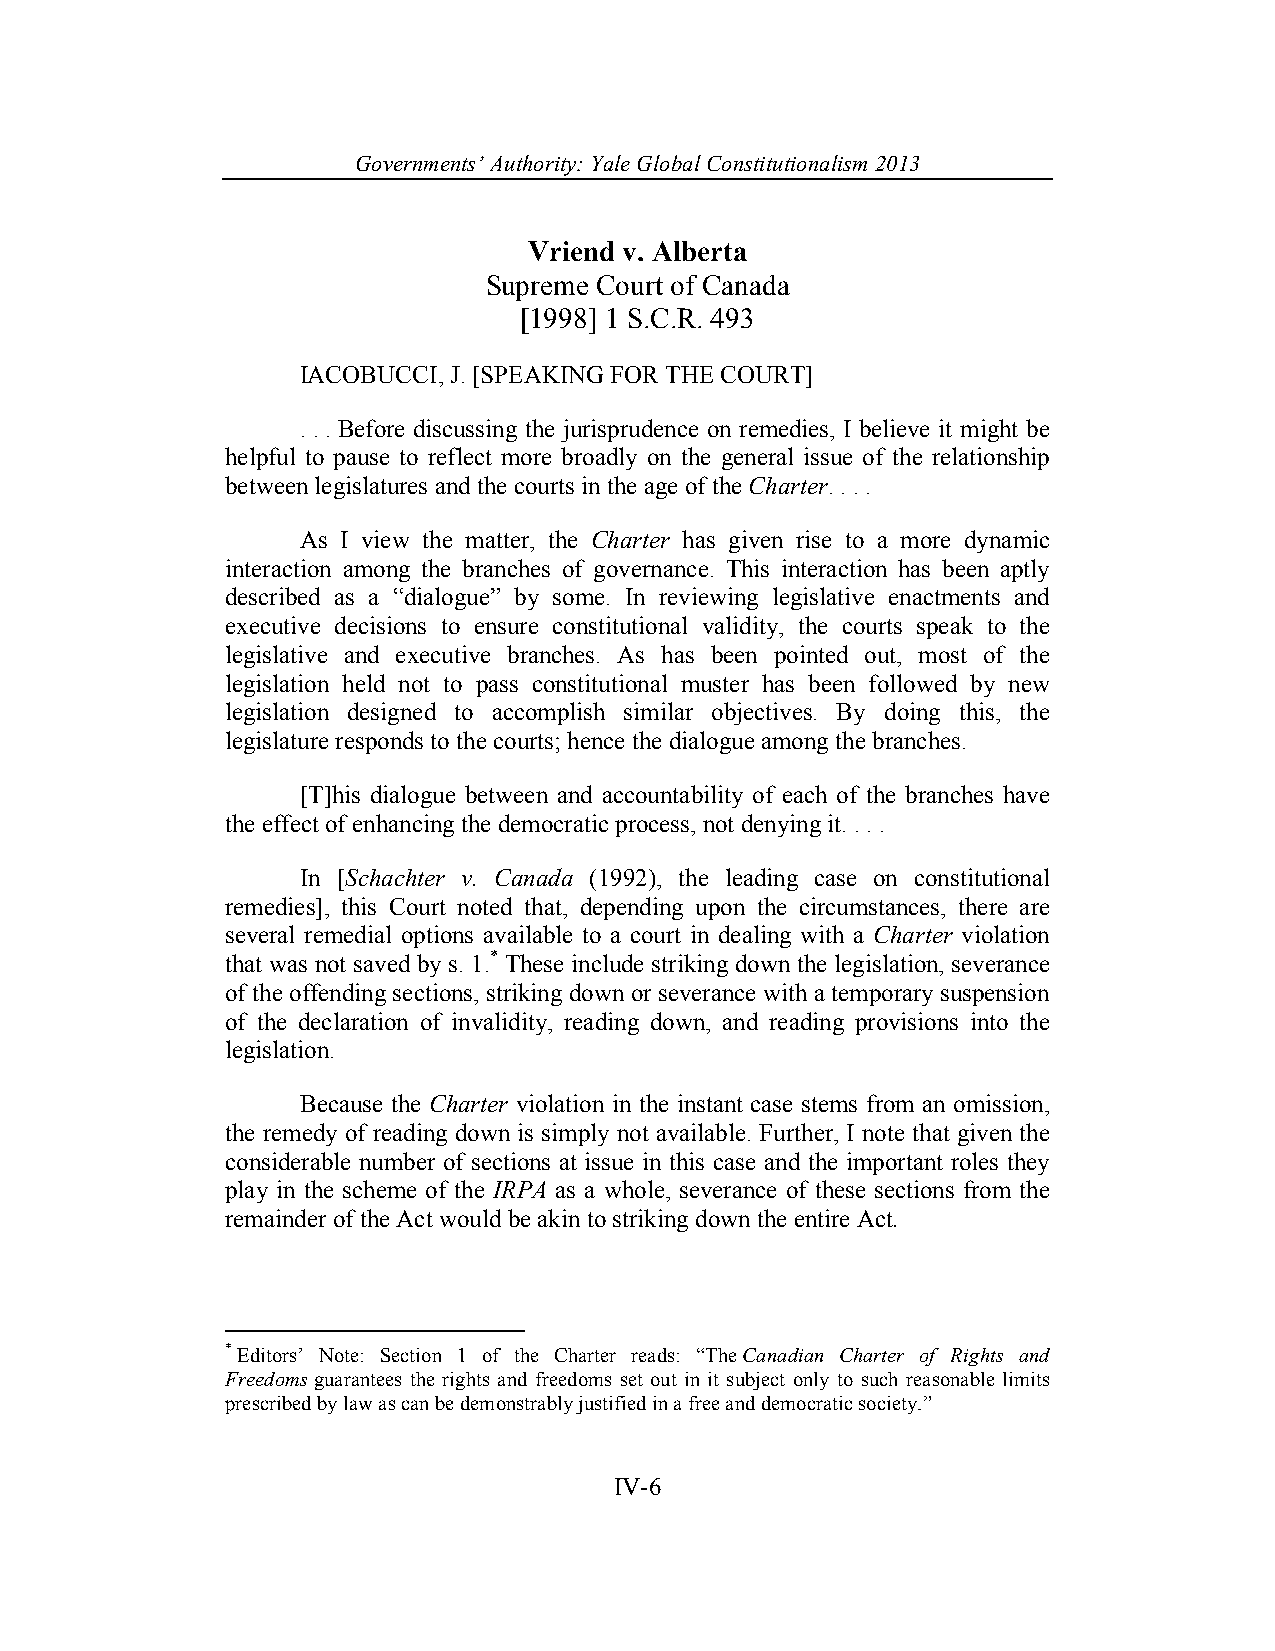
Governments’ Authority: Yale Global Constitutionalism 2013
 Vriend v. Alberta
 Supreme Court of Canada
 [1998] 1 S.C.R. 493
 IACOBUCCI, J. [SPEAKING FOR THE COURT]
 . . . Before discussing the jurisprudence on remedies, I believe it might be
 helpful to pause to reflect more broadly on the general issue of the relationship
 between legislatures and the courts in the age of the Charter. . . .
 As I view the matter, the Charter has given rise to a more dynamic
 interaction among the branches of governance. This interaction has been aptly
 described as a “dialogue” by some. In reviewing legislative enactments and
 executive decisions to ensure constitutional validity, the courts speak to the
 legislative and executive branches. As has been pointed out, most of the
 legislation held not to pass constitutional muster has been followed by new
 legislation designed to accomplish similar objectives. By doing this, the
 legislature responds to the courts; hence the dialogue among the branches.
 [T]his dialogue between and accountability of each of the branches have
 the effect of enhancing the democratic process, not denying it. . . .
 In [Schachter v. Canada (1992), the leading case on constitutional
 remedies], this Court noted that, depending upon the circumstances, there are
 several remedial options available to a court in dealing with a Charter violation
 that was not saved by s. 1.* These include striking down the legislation, severance
 of the offending sections, striking down or severance with a temporary suspension
 of the declaration of invalidity, reading down, and reading provisions into the
 legislation.
 Because the Charter violation in the instant case stems from an omission,
 the remedy of reading down is simply not available. Further, I note that given the
 considerable number of sections at issue in this case and the important roles they
 play in the scheme of the IRPA as a whole, severance of these sections from the
 remainder of the Act would be akin to striking down the entire Act.
 * Editors’ Note: Section 1 of the Charter reads: “The Canadian Charter of Rights and
 Freedoms guarantees the rights and freedoms set out in it subject only to such reasonable limits
 prescribed by law as can be demonstrably justified in a free and democratic society.”
 IV-6